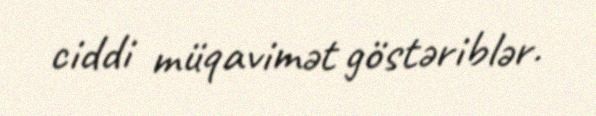
ciddi müqavimət göstəriblər.